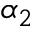
\alpha _ { 2 }